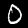
Digit: 0